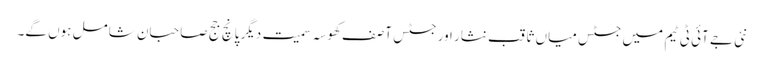
نئی جے آئی ٹی ٹیم میں جسٹس میاں ثاقب نثار اور جسٹس آصف کھوسہ سمیت دیگر پانچ جج صاحبان شامل ہوں گے۔